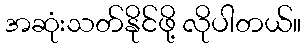
အဆုံးသတ်နိုင်ဖို့ လိုပါတယ်။